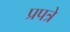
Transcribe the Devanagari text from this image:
प्रपत्रे